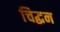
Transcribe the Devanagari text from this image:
चिद्घन